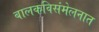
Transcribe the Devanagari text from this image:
बालकविसंमेलनात